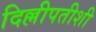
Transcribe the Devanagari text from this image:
दिल्लीपतीशी